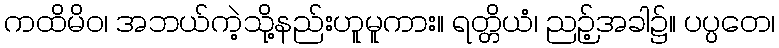
ကထိမိဝ၊ အဘယ်ကဲ့သို့နည်းဟူမူကား။ ရတ္တိယံ၊ ညဉ့်အခါ၌။ ပပ္ပတေ၊